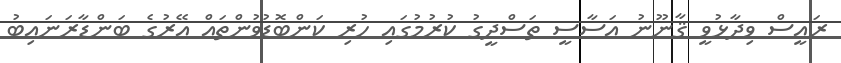
ރައީސް ވިދާޅުވީ ޤާނޫނު އަސާސީ ތަސްދީގު ކުރުމުގައި ހުރި ކަންބޮޑުވުންތައް އޭރުގެ ބަންޑާރަނައިބު